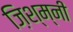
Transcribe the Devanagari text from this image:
ज़िश्म्नी